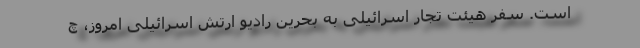
است. سفر هیئت تجار اسرائیلی به بحرین رادیو ارتش اسرائیلی امروز، چ